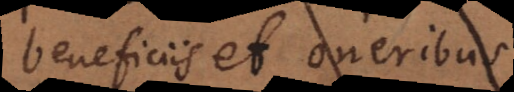
beneficiis et oneribus.